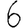
Digit: 6